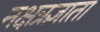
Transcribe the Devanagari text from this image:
नक्षत्रज्ञाता